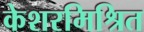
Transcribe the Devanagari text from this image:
केशरमिश्रित